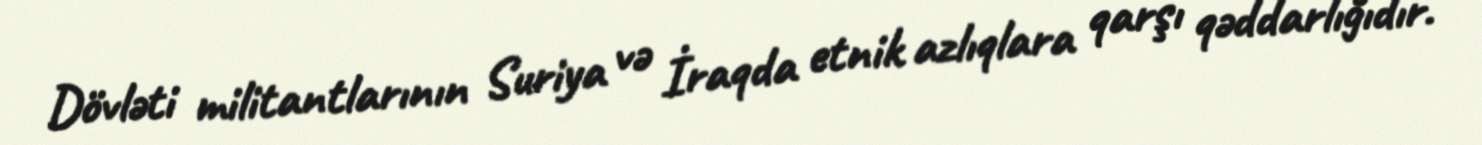
Dövləti militantlarının Suriya və İraqda etnik azlıqlara qarşı qəddarlığıdır.